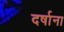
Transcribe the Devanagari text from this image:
दर्षाना